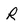
Character: R